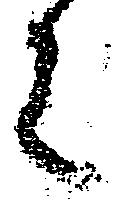
々